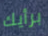
برأيك